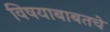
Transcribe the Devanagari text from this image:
विषयाबाबतचे